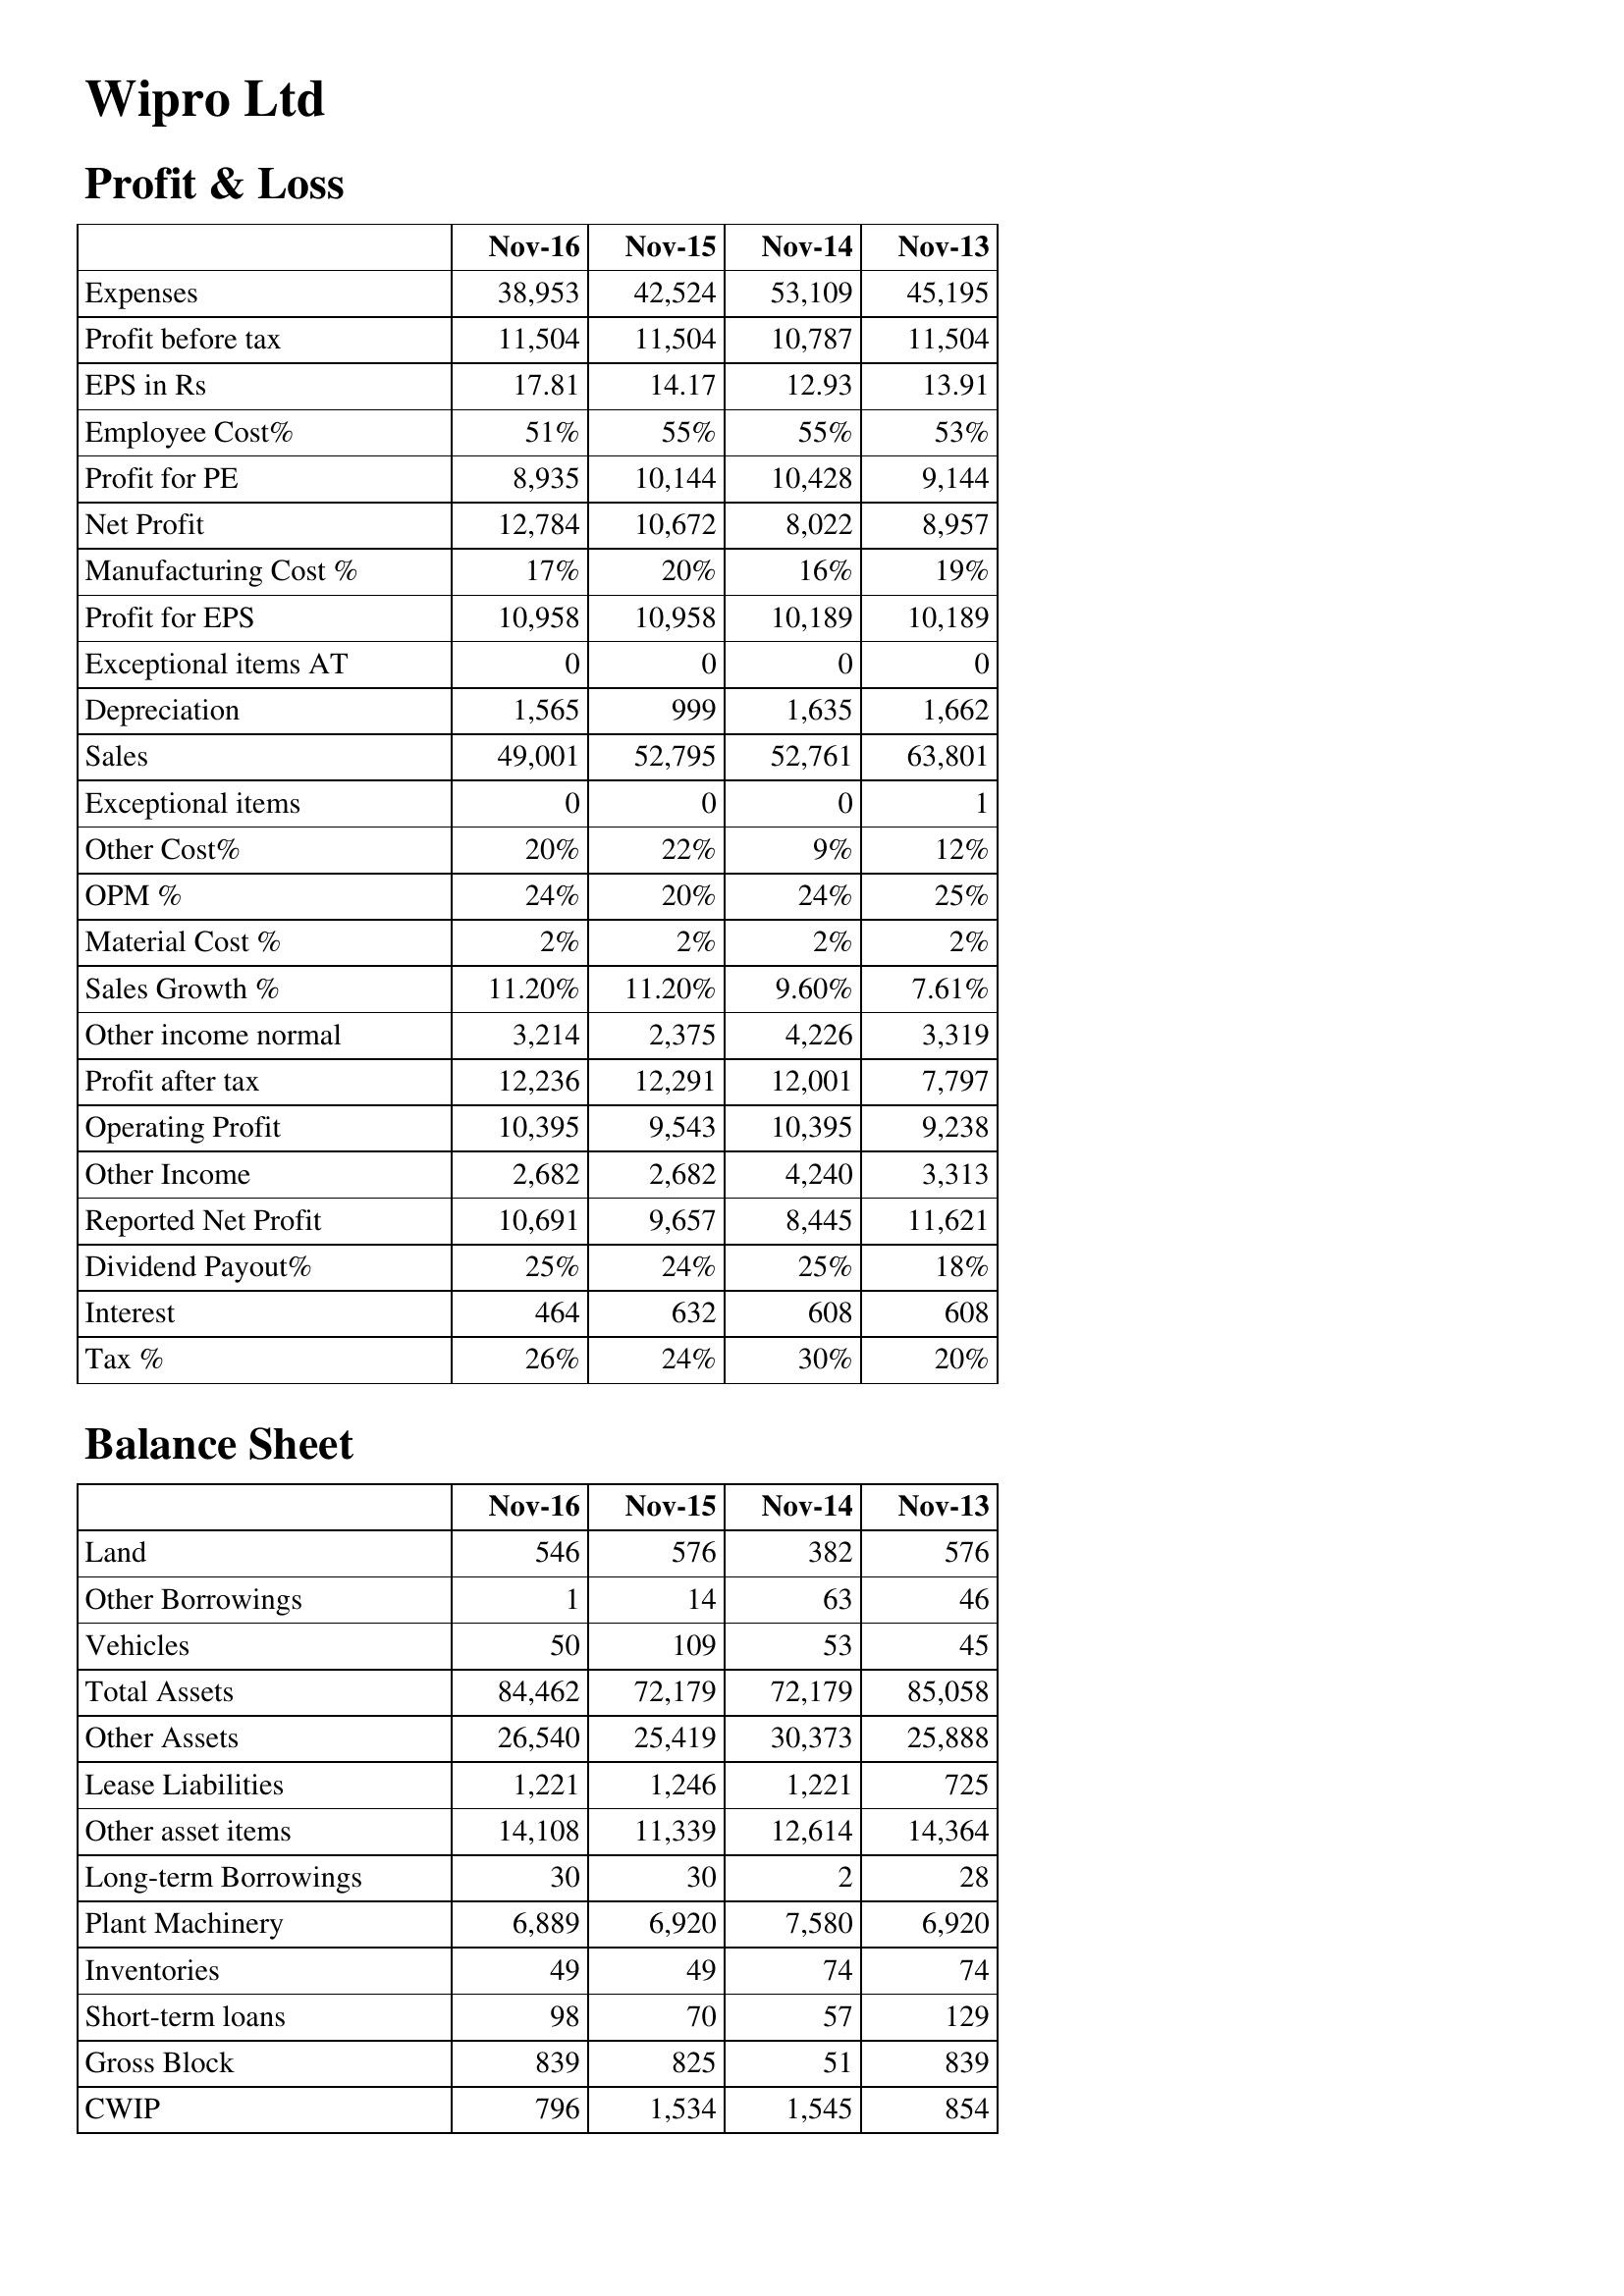
Nov-16: Profit & Loss: Expenses: 38,953
Profit before tax: 11,504
EPS in Rs: 17.81
Employee Cost%: 51%
Profit for PE: 8,935
Net Profit: 12,784
Manufacturing Cost %: 17%
Profit for EPS: 10,958
Exceptional items AT: 0
Depreciation: 1,565
Sales: 49,001
Exceptional items: 0
Other Cost%: 20%
OPM %: 24%
Material Cost %: 2%
Sales Growth %: 11.20%
Other income normal: 3,214
Profit after tax: 12,236
Operating Profit: 10,395
Other Income: 2,682
Reported Net Profit: 10,691
Dividend Payout%: 25%
Interest: 464
Tax %: 26%
Balance Sheet: Land: 546
Other Borrowings: 1
Vehicles: 50
Total Assets: 84,462
Other Assets: 26,540
Lease Liabilities: 1,221
Other asset items: 14,108
Long-term Borrowings: 30
Plant Machinery: 6,889
Inventories: 49
Short-term loans: 98
Gross Block: 839
CWIP: 796
Nov-15: Profit & Loss: Expenses: 42,524
Profit before tax: 11,504
EPS in Rs: 14.17
Employee Cost%: 55%
Profit for PE: 10,144
Net Profit: 10,672
Manufacturing Cost %: 20%
Profit for EPS: 10,958
Exceptional items AT: 0
Depreciation: 999
Sales: 52,795
Exceptional items: 0
Other Cost%: 22%
OPM %: 20%
Material Cost %: 2%
Sales Growth %: 11.20%
Other income normal: 2,375
Profit after tax: 12,291
Operating Profit: 9,543
Other Income: 2,682
Reported Net Profit: 9,657
Dividend Payout%: 24%
Interest: 632
Tax %: 24%
Balance Sheet: Land: 576
Other Borrowings: 14
Vehicles: 109
Total Assets: 72,179
Other Assets: 25,419
Lease Liabilities: 1,246
Other asset items: 11,339
Long-term Borrowings: 30
Plant Machinery: 6,920
Inventories: 49
Short-term loans: 70
Gross Block: 825
CWIP: 1,534
Nov-14: Profit & Loss: Expenses: 53,109
Profit before tax: 10,787
EPS in Rs: 12.93
Employee Cost%: 55%
Profit for PE: 10,428
Net Profit: 8,022
Manufacturing Cost %: 16%
Profit for EPS: 10,189
Exceptional items AT: 0
Depreciation: 1,635
Sales: 52,761
Exceptional items: 0
Other Cost%: 9%
OPM %: 24%
Material Cost %: 2%
Sales Growth %: 9.60%
Other income normal: 4,226
Profit after tax: 12,001
Operating Profit: 10,395
Other Income: 4,240
Reported Net Profit: 8,445
Dividend Payout%: 25%
Interest: 608
Tax %: 30%
Balance Sheet: Land: 382
Other Borrowings: 63
Vehicles: 53
Total Assets: 72,179
Other Assets: 30,373
Lease Liabilities: 1,221
Other asset items: 12,614
Long-term Borrowings: 2
Plant Machinery: 7,580
Inventories: 74
Short-term loans: 57
Gross Block: 51
CWIP: 1,545
Nov-13: Profit & Loss: Expenses: 45,195
Profit before tax: 11,504
EPS in Rs: 13.91
Employee Cost%: 53%
Profit for PE: 9,144
Net Profit: 8,957
Manufacturing Cost %: 19%
Profit for EPS: 10,189
Exceptional items AT: 0
Depreciation: 1,662
Sales: 63,801
Exceptional items: 1
Other Cost%: 12%
OPM %: 25%
Material Cost %: 2%
Sales Growth %: 7.61%
Other income normal: 3,319
Profit after tax: 7,797
Operating Profit: 9,238
Other Income: 3,313
Reported Net Profit: 11,621
Dividend Payout%: 18%
Interest: 608
Tax %: 20%
Balance Sheet: Land: 576
Other Borrowings: 46
Vehicles: 45
Total Assets: 85,058
Other Assets: 25,888
Lease Liabilities: 725
Other asset items: 14,364
Long-term Borrowings: 28
Plant Machinery: 6,920
Inventories: 74
Short-term loans: 129
Gross Block: 839
CWIP: 854